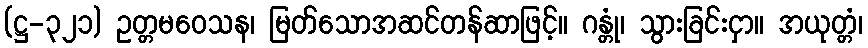
(ဋ္ဌ-၃၂၁) ဥတ္တမဝေသန၊ မြတ်သောအဆင်တန်ဆာဖြင့်။ ဂန္တုံ၊ သွားခြင်းငှာ။ အယုတ္တံ၊